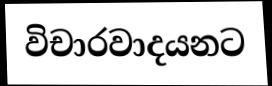
විචාරවාදයනට